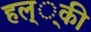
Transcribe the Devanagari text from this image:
हल््की